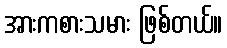
အားကစားသမား ဖြစ်တယ်။